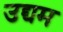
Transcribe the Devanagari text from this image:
उद्द्यम